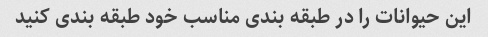
این حیوانات را در طبقه بندی مناسب خود طبقه بندی کنید